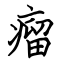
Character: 瘤